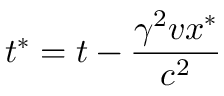
t ^ { \ast } = t - { \frac { \gamma ^ { 2 } v x ^ { * } } { c ^ { 2 } } }